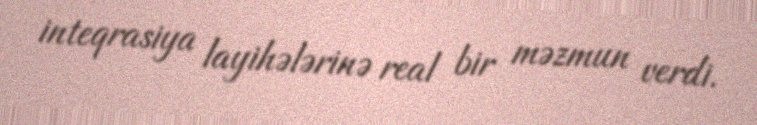
inteqrasiya layihələrinə real bir məzmun verdi.